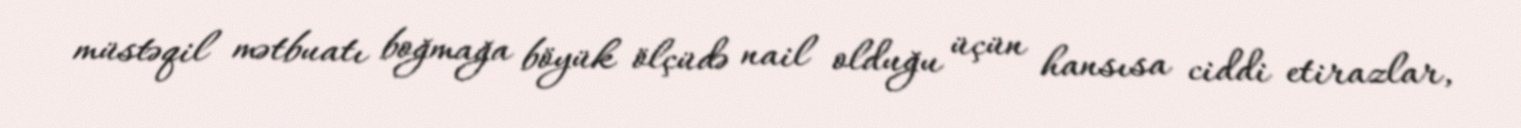
müstəqil mətbuatı boğmağa böyük ölçüdə nail olduğu üçün hansısa ciddi etirazlar,